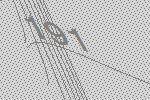
191